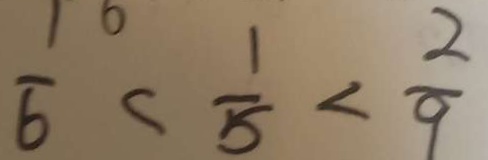
\frac { 1 } { 6 } < \frac { 1 } { 5 } < \frac { 2 } { 9 }